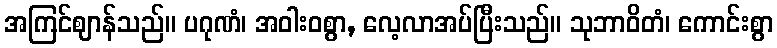
အကြင်ဈာန်သည်။ ပဂုဏံ၊ အဝါးဝစွာ, လေ့လာအပ်ပြီးသည်။ သုဘာဝိတံ၊ ကောင်းစွာ